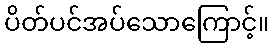
ပိတ်ပင်အပ်သောကြောင့်။